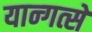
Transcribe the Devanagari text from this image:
यान्गत्से